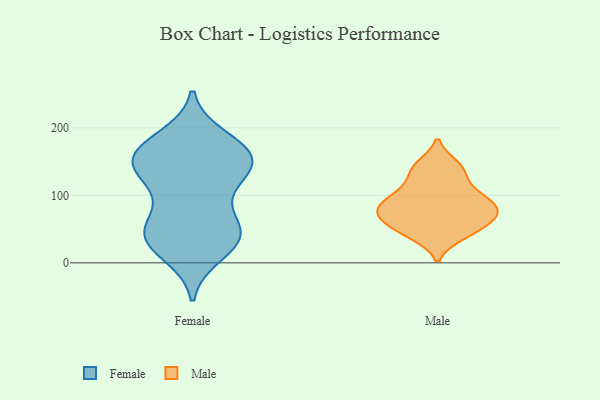
{"axis": {"x": "Page Views", "y": "Value"}, "legend": ["Female", "Male"], "data": [{"x": "", "y": 183, "type": "Female"}, {"x": "", "y": 154, "type": "Female"}, {"x": "", "y": 121, "type": "Female"}, {"x": "", "y": 35, "type": "Female"}, {"x": "", "y": 34, "type": "Female"}, {"x": "", "y": 146, "type": "Female"}, {"x": "", "y": 107, "type": "Female"}, {"x": "", "y": 145, "type": "Female"}, {"x": "", "y": 44, "type": "Female"}, {"x": "", "y": 166, "type": "Female"}, {"x": "", "y": 166, "type": "Female"}, {"x": "", "y": 46, "type": "Female"}, {"x": "", "y": 15, "type": "Female"}, {"x": "", "y": 162, "type": "Female"}, {"x": "", "y": 44, "type": "Female"}, {"x": "", "y": 143, "type": "Female"}, {"x": "", "y": 58, "type": "Female"}, {"x": "", "y": 82, "type": "Male"}, {"x": "", "y": 64, "type": "Male"}, {"x": "", "y": 74, "type": "Male"}, {"x": "", "y": 41, "type": "Male"}, {"x": "", "y": 103, "type": "Male"}, {"x": "", "y": 100, "type": "Male"}, {"x": "", "y": 134, "type": "Male"}, {"x": "", "y": 77, "type": "Male"}, {"x": "", "y": 50, "type": "Male"}, {"x": "", "y": 144, "type": "Male"}]}